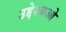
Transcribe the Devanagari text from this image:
उद्देश्यओ